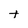
Character: t